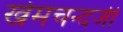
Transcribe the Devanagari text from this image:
खेमचन्दजी